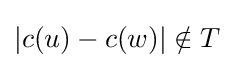
|c(u)-c(w)|\notin T